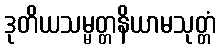
ဒုတိယသမ္မတ္တနိယာမသုတ္တံ